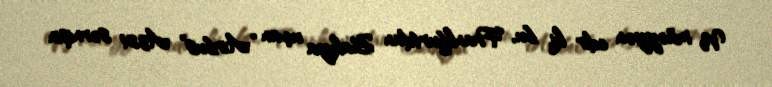
Və müəyyən edir ki, bu, Frankfurtdan Bakıya uçan “Airbus” A321 sərnişin